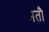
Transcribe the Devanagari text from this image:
मतौ